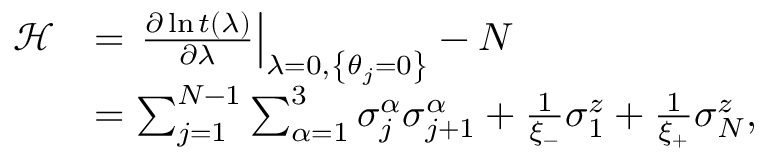
\begin{array} { r l } { \mathcal { H } } & { = \left. \frac { \partial \ln t ( \lambda ) } { \partial \lambda } \right| _ { \lambda = 0 , \left\{ \theta _ { j } = 0 \right\} } - N } \\ & { = \sum _ { j = 1 } ^ { N - 1 } \sum _ { \alpha = 1 } ^ { 3 } \sigma _ { j } ^ { \alpha } \sigma _ { j + 1 } ^ { \alpha } + \frac { 1 } { \xi _ { - } } \sigma _ { 1 } ^ { z } + \frac { 1 } { \xi _ { + } } \sigma _ { N } ^ { z } , } \end{array}